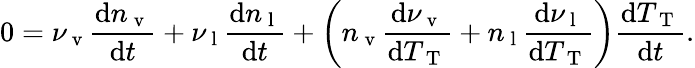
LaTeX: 0=\nu_{\mathrm{~v~}}\frac{\mathrm{d}n_{\mathrm{~v~}}}{\mathrm{d}t}+\nu_{\mathrm{~l~}}\frac{\mathrm{d}n_{\mathrm{~l~}}}{\mathrm{d}t}+\bigg(n_{\mathrm{~v~}}\frac{\mathrm{d}\nu_{\mathrm{~v~}}}{\mathrm{d}T_{\mathrm{~T~}}}+n_{\mathrm{~l~}}\frac{\mathrm{d}\nu_{\mathrm{~l~}}}{\mathrm{d}T_{\mathrm{~T~}}}\bigg)\frac{\mathrm{d}T_{\mathrm{~T~}}}{\mathrm{d}t}.